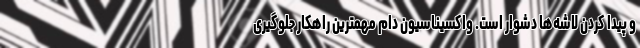
و پیدا کردن لاشه‌ها دشوار است. واکسیناسیون دام مهمترین راهکار جلوگیری